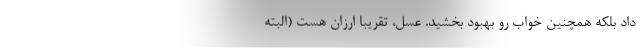
داد بلکه همچنین خواب رو بهبود بخشید. عسل، تقریبا ارزان هست (البته